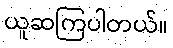
ယူဆကြပါတယ်။